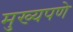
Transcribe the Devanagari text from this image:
मुख्यपणे